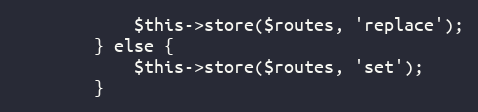
Language: PHP
            $this->store($routes, 'replace');
        } else {
            $this->store($routes, 'set');
        }